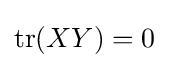
\operatorname {tr} (XY)=0